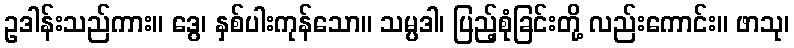
ဥဒါန်းသည်ကား။ ဒွေ၊ နှစ်ပါးကုန်သော။ သမ္ပဒါ၊ ပြည့်စုံခြင်းတို့ လည်းကောင်း။ ဖာသု၊